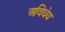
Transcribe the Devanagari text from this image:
अविधेय